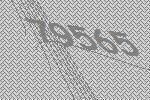
79565